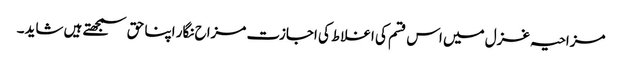
مزاحیہ غزل میں اس قسم کی اغلاط کی اجازت مزاح نگار اپنا حق سمجھتے ہیں شاید۔